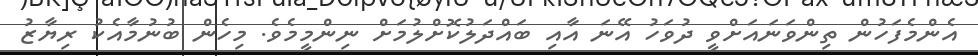
އެންމެފަހުން ތިންވަނައަށްވީ ދުވަހު އޭނަ އާއި ބައްދަލުކޮށްލުމަށް ނިންމީމެވެ. މިހެން ބުނުމާއެކު ރިޔާޒު